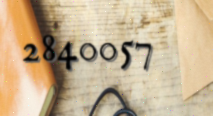
2840057